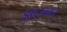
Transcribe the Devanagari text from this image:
झाऊबर